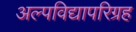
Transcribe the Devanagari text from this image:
अल्पविद्यापरिग्रह